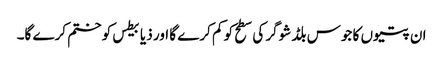
ان پتیوں کا جوس بلڈ شوگر کی سطح کو کم کرے گا اور ذیابیطس کو ختم کرے گا۔